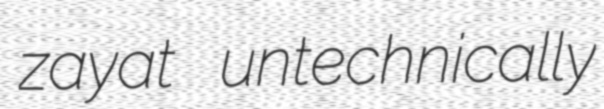
zayat untechnically